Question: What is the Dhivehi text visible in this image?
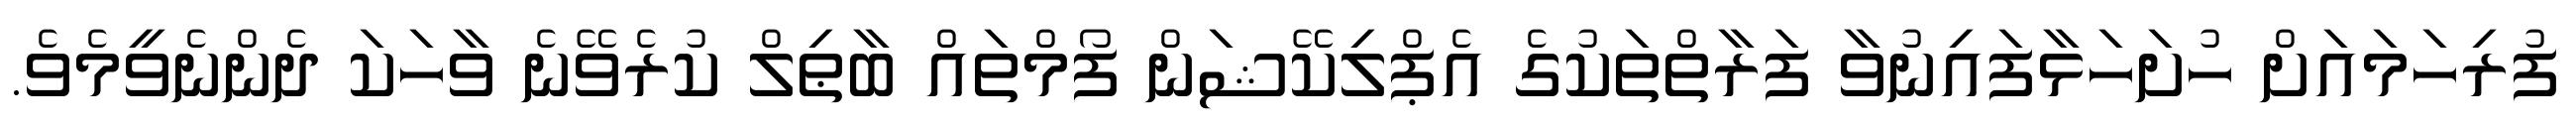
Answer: ފުރިހަމައަށް ހުށަހަޅާފައިނުވާ ފަރާތްތަކުގެ އެޕްލިކޭޝަން ފޯމްތައް ބާޠިލް ކުރެވޭނެ ވާހަކަ ދެންނެވީމެވެ.